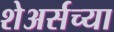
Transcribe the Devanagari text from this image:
शेअर्सच्या